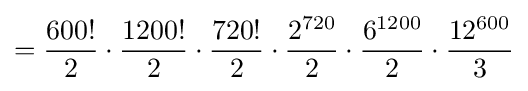
={\frac {600!}{2}}\cdot {\frac {1200!}{2}}\cdot {\frac {720!}{2}}\cdot {\frac {2^{720}}{2}}\cdot {\frac {6^{1200}}{2}}\cdot {\frac {12^{600}}{3}}